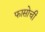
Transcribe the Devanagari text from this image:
फासोची